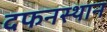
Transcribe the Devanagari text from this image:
दफनस्थान